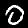
Label: 0